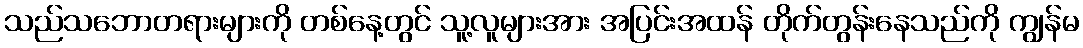
သည်သဘောတရားများကို တစ်နေ့တွင် သူ့လူများအား အပြင်းအထန် တိုက်တွန်းနေသည်ကို ကျွန်မ